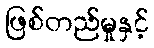
ဖြစ်တည်မှုနှင့်